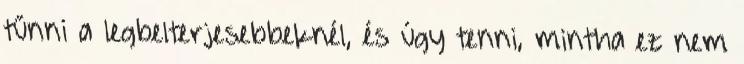
tűnni a legbelterjesebbeknél, és úgy tenni, mintha ez nem